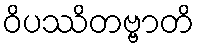
ဝိပဿိတဗ္ဗာတိ